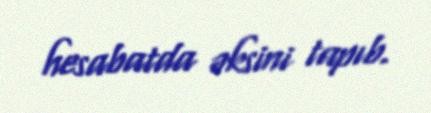
hesabatda əksini tapıb.